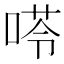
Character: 𠸖